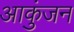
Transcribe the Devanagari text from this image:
आकुंजन